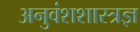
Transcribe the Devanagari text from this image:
अनुवंशशास्त्रज्ञ